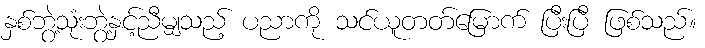
နှစ်ဘွဲ့သုံးဘွဲ့နှင့်ညီမျှသည့် ပညာကို သင်ယူတတ်မြောက် ပြီးပြီ ဖြစ်သည်။